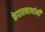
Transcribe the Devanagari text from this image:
केदारनाथांनी